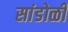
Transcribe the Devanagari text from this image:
सांडोळी